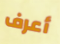
أعرف